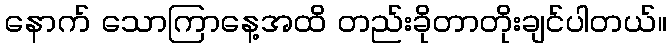
နောက် သောကြာနေ့အထိ တည်းခိုတာတိုးချင်ပါတယ်။